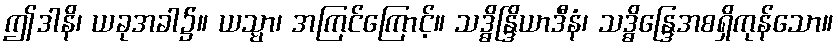
ဤဒါနိ၊ ယခုအခါ၌။ ယသ္မာ၊ အကြင်ကြောင့်။ သဒ္ဓိန္ဒြိယာဒီနံ၊ သဒ္ဓိန္ဒြေအစရှိကုန်သော။